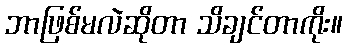
ဘာဖြစ်မလဲဆိုတာ သိချင်တာကိုး။